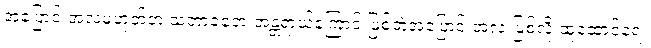
အပြောင်းအလဲမဟုတ်ဘဲ သဘာဝဘေးအန္တရာယ်ကြောင့် ဖြစ်တဲ့အပြောင်းအလဲ ဖြစ်လို့ ထူထောင်ရေး